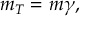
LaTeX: m _ { T } = m \gamma ,